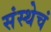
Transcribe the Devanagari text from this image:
संस्थेचं